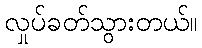
လှုပ်ခတ်သွားတယ်။